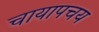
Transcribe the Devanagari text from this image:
चायापचय